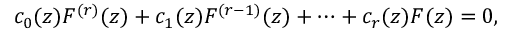
c _ { 0 } ( z ) F ^ { ( r ) } ( z ) + c _ { 1 } ( z ) F ^ { ( r - 1 ) } ( z ) + \cdots + c _ { r } ( z ) F ( z ) = 0 ,